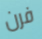
فرن